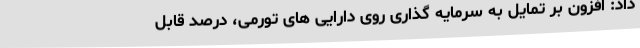
داد: افزون بر تمایل به سرمایه گذاری روی دارایی های تورمی، درصد قابل